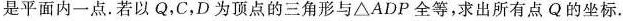
是平面内一点.若以Q，C，D为顶点的三角形与△ADP全等，求出所有点Q的坐标.